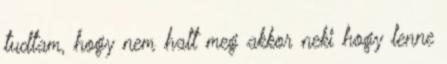
tudtam, hogy nem halt meg akkor neki hogy lenne